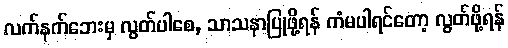
လက်နက်ဘေးမှ လွတ်ပါစေ, သာသနာပြုဖို့ရန် ကံမပါရင်တော့ လွတ်ဖို့ရန်